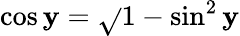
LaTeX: \cos\mathbf{y}={\sqrt{}{{1-\sin^{2}\mathbf{y}}}}